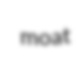
moat